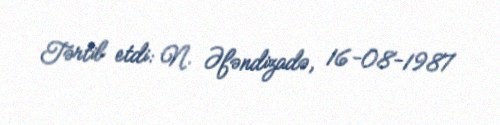
Tərtib etdi: N. Əfəndizadə, 16-08-1987